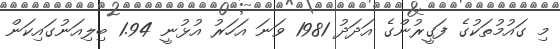
މި ގައުމުތަކުގެ ފަގީރުންގެ އަދަދު 1981 ވަނަ އަހަރު އުޅުނީ 1.94 ބިލިއަނުގައިކަން